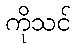
ကိုသင်